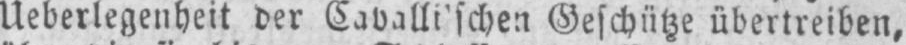
Ueberlegenheit der Cavalli’schen Geschütze übertreiben,